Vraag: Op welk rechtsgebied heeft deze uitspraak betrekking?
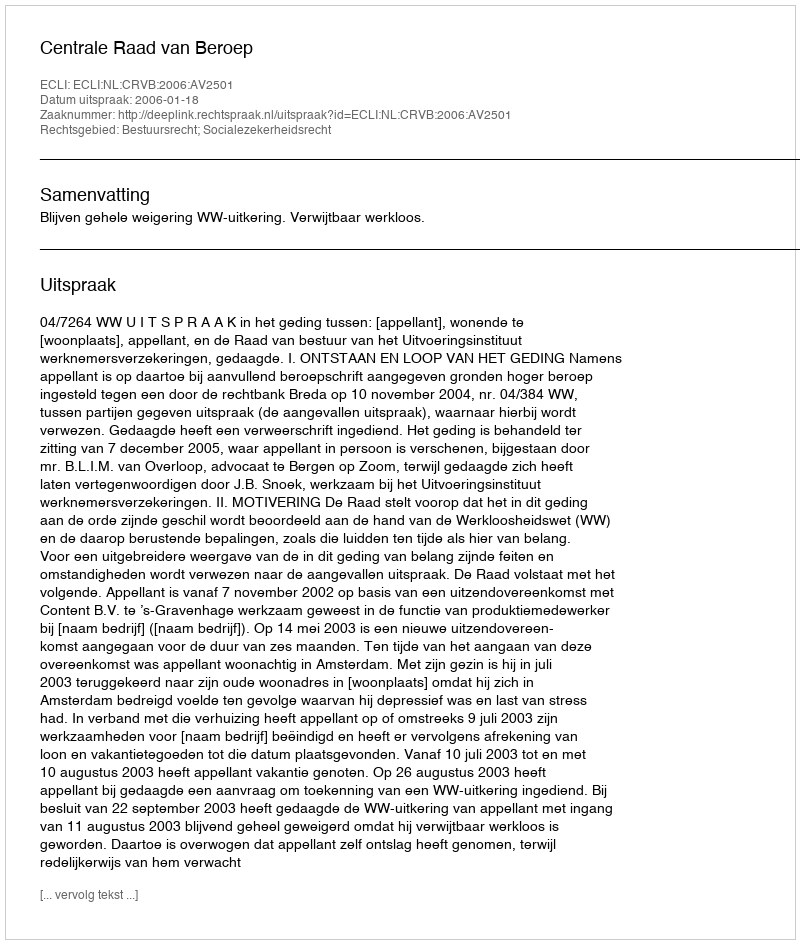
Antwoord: Bestuursrecht; Socialezekerheidsrecht